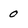
Character: 0